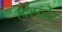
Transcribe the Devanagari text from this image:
दिसंबेर